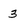
Character: 3